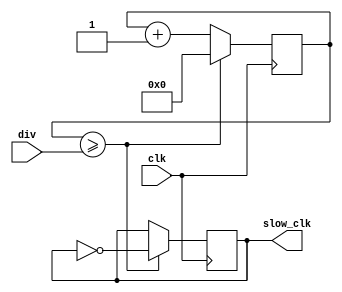
module clock_divider(
    input clk,          // External clock input
    input [23:0] div,   // Division factor (div = f_clk/(2*f_desired))
    output slow_clk,    // slowed-down clock to output
);

reg [23:0] counter;
reg slow_clk;

always @(posedge clk) begin
    counter <= counter + 1;
    if (counter >= div) begin
        counter <= 0;
        slow_clk = ~slow_clk;
    end
end

endmodule